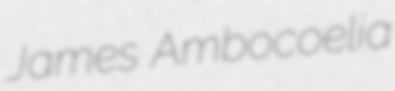
James Ambocoelia